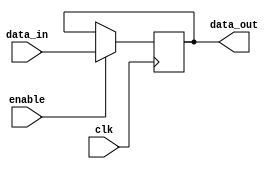
module TransmissionGateDelay (
    input wire clk,
    input wire data_in,
    output reg data_out,
    input wire enable
);

reg transmission_gate;

always @(posedge clk) begin
    if (enable) begin
        transmission_gate <= data_in;
    end
end

assign data_out = transmission_gate;

endmodule